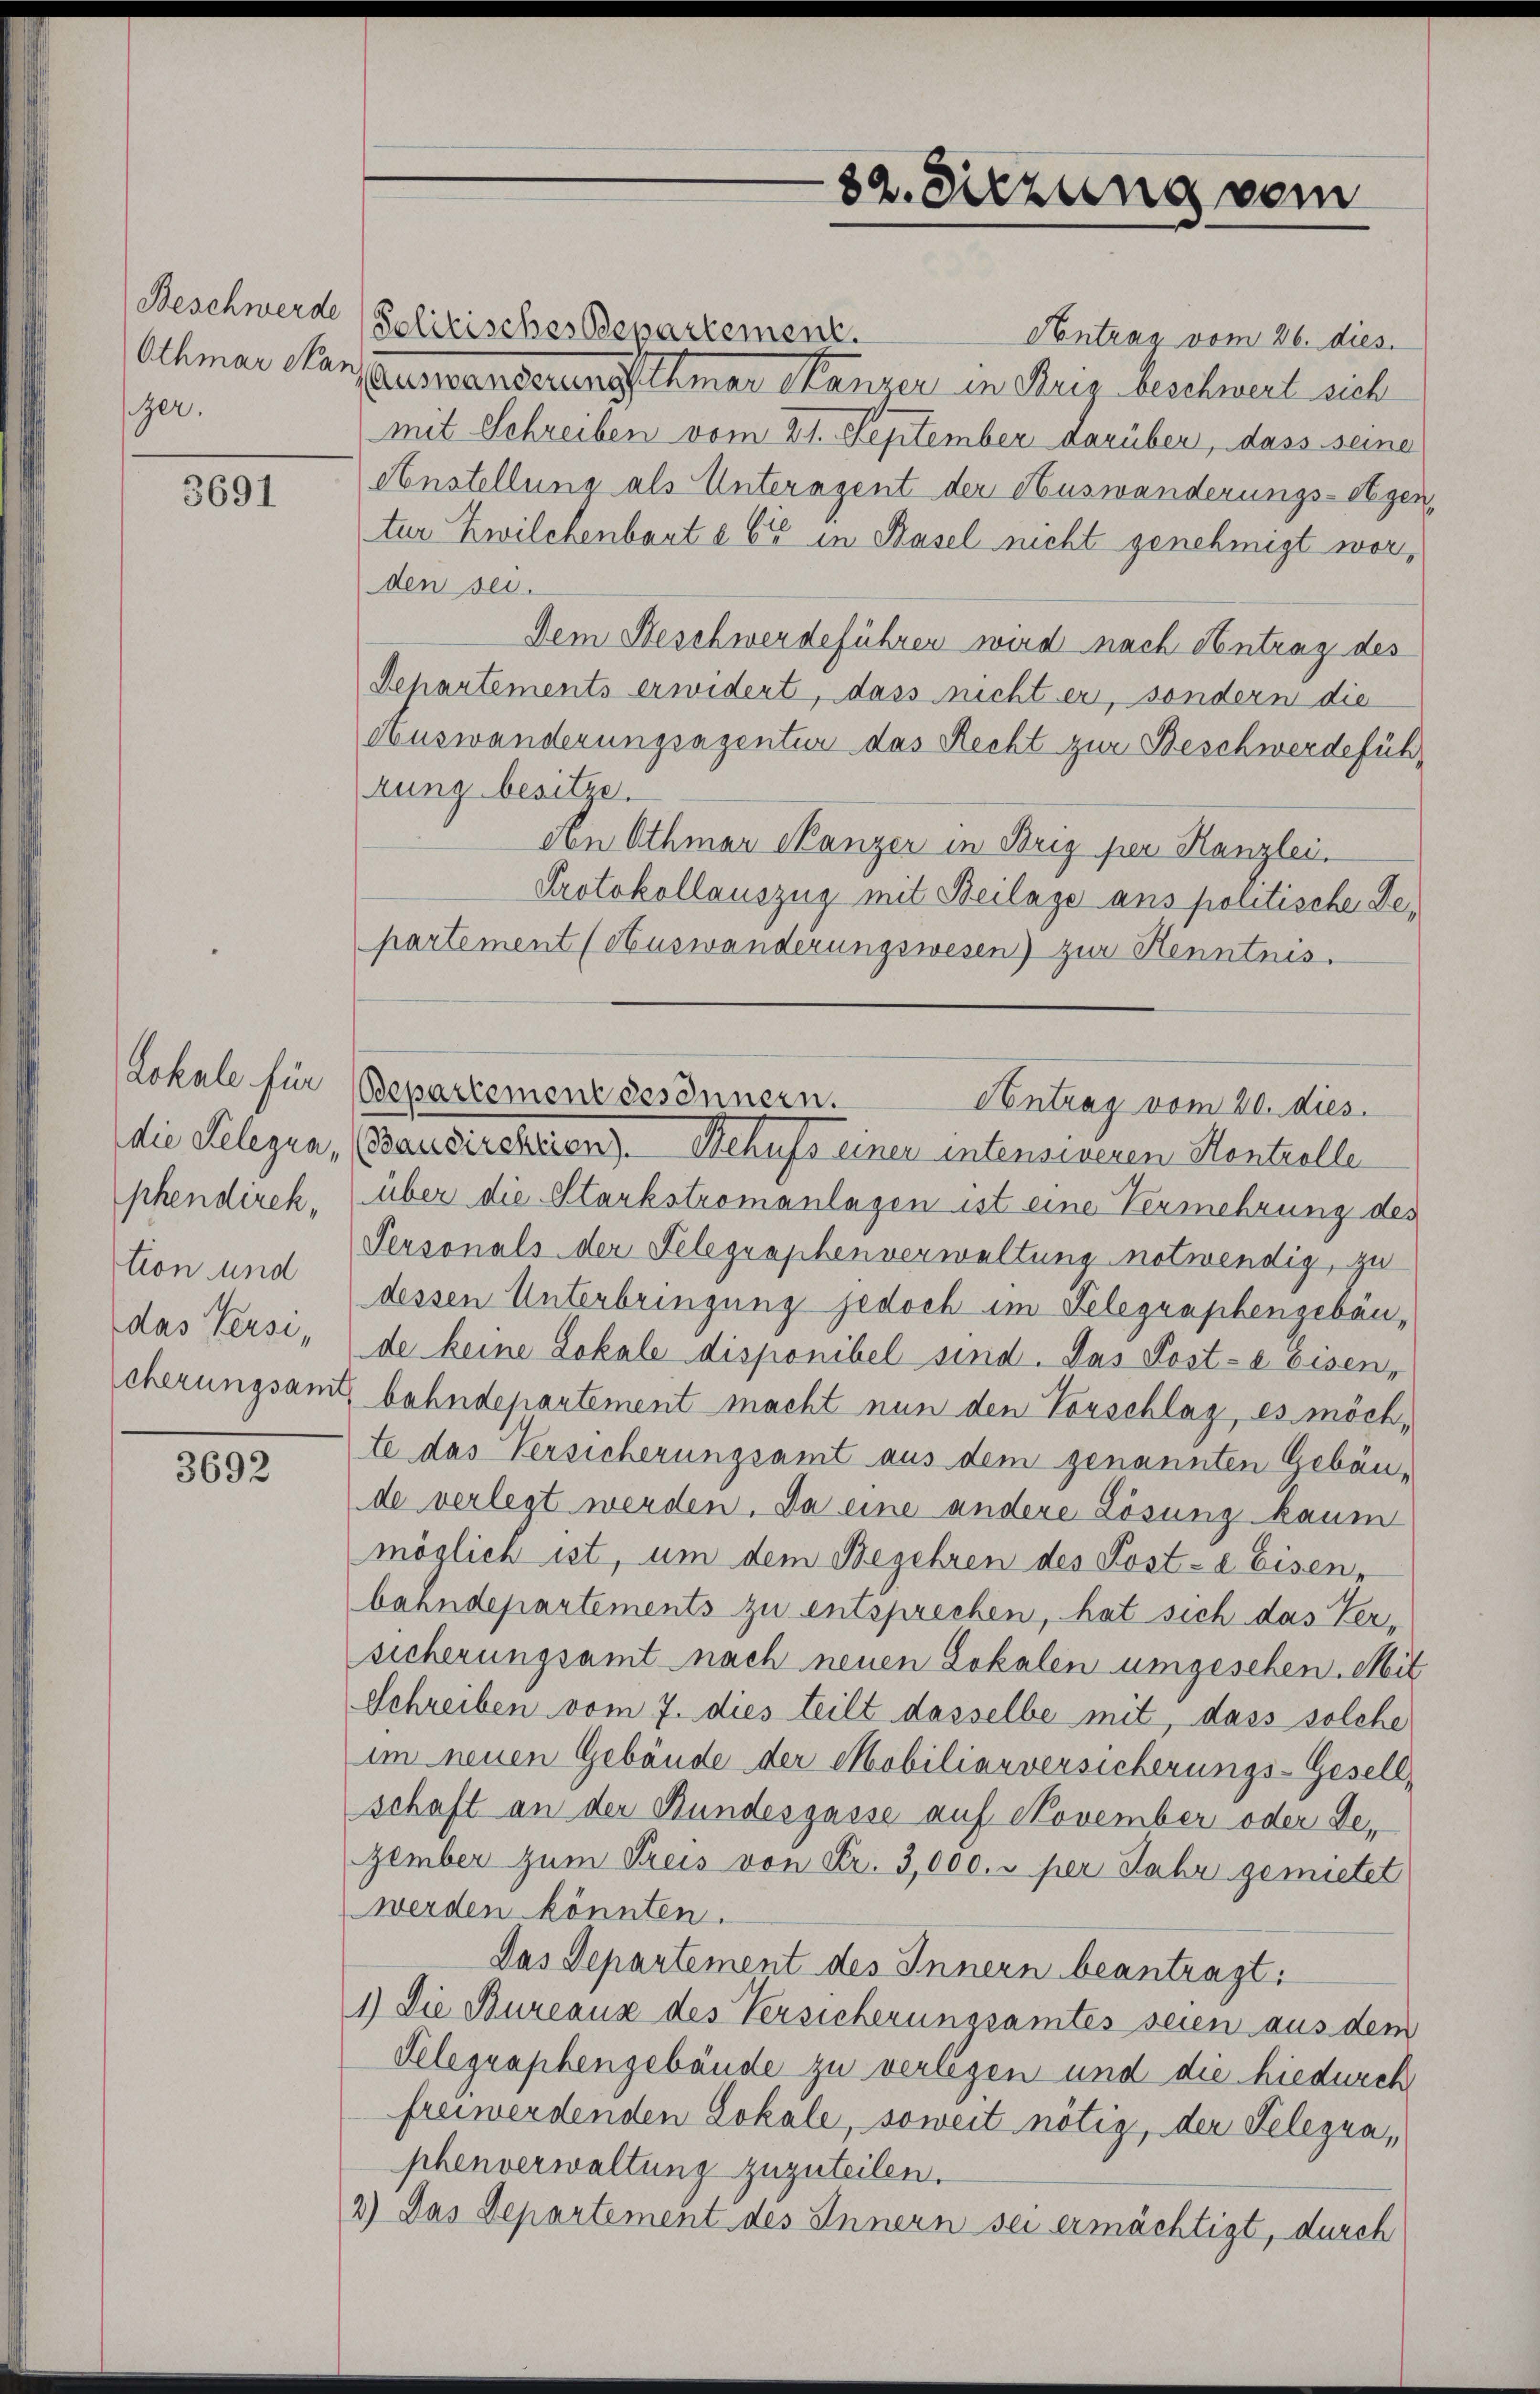
Beschwerde
Othmar Mar
zer.

3691

die Relegia,

3692

Solitisches Departement.
Antrag vom 26. dies.
Auswanderungsthmar Kanzer in Brig beschwert sich
mit Schreiben vom 21. September darüber, dass seine
Anstellung als Unteragent der Auswanderungs-Segen,
tur Zwilchenbaut § 65 in Basel nicht genehmigt worden sei.
Dem Beschwerdeführen wird nach Antrag des
Schartements erwidert, dass nicht er, sondern die
Auswanderungsagentur das Recht zur Beschwerdeführung besitze.
An Othmar Canzer in Brig per Kanzlei.
Protokollauszug mit Beilage ans politische Gepartement (Auswanderungswesen) zur Henntnis.
Lokale für Departement besonnern.
Baudircheien). Behufs einer intensiveren Kontrolle
phendirek, (über die Starkstromanlagen ist eine Vermehrung des
Personals der Telegraphenverwaltung notwendig, zu
tion und dessen Unterbringung jedoch im Telegraphengebäudas Versi- de keine Lokale disponibel sind. Das Post-a Eisen-
cherungsamt bahndepartement macht nun den Vorschlag, es möchte das Versicherungsamt aus dem genannten Gebäude verlegt werden. Da eine andere Lösung kaum
möglich ist, um dem Begehren des Post- & Eisen,
bahndepartements zu entsprechen, hat sich das Versicherungsamt nach neuen Lokalen umgesehen. Mit
Schreiben vom 7. dies teilt dasselbe mit, dass solche
im neuen Gebäude der Mobiliarversicherungs-Gesell,
schaft an der Bundesgasse auf November oder Gezember zum Preis von Fr. 3,000. u per Jahr gemietet
werden könnten.
Das Departement des Innern beantragt:
1.) Die Bureaux des Versicherungsamtes seien aus dem
Telegraphengebäude zu verlegen und die hiedurch
freiwerdenden Lokale, soweit nötig, der Telegraphenverwaltung zuzuteilen.
2) Das Departement des Innern sei ermächtigt, durch

Antrag vom 20. dies

82. Sitzung vom